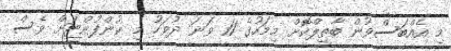
މި އެއްބަސްވުން ބާތިލްކޮށް މިމަހުގެ 11 ވަނަ ދުވަހު މި ކުންފުންޏަށް ވެސް